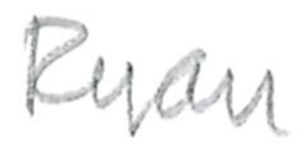
Text: Ryan
Cross-out: clean
Writing tool: pencil